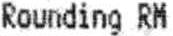
ROUNDING RM